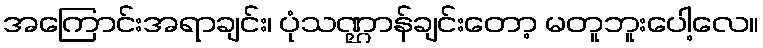
အကြောင်းအရာချင်း၊ ပုံသဏ္ဌာန်ချင်းတော့ မတူဘူးပေါ့လေ။